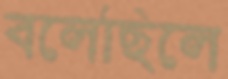
বলেছিলে